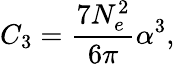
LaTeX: C_{3}=\frac{7N_{e}^{2}}{6\pi}\alpha^{3},